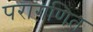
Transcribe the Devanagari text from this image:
परागणित